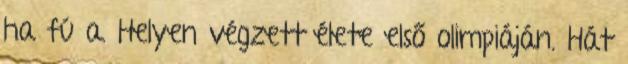
ha fú a. Helyen végzett élete első olimpiáján. Hát